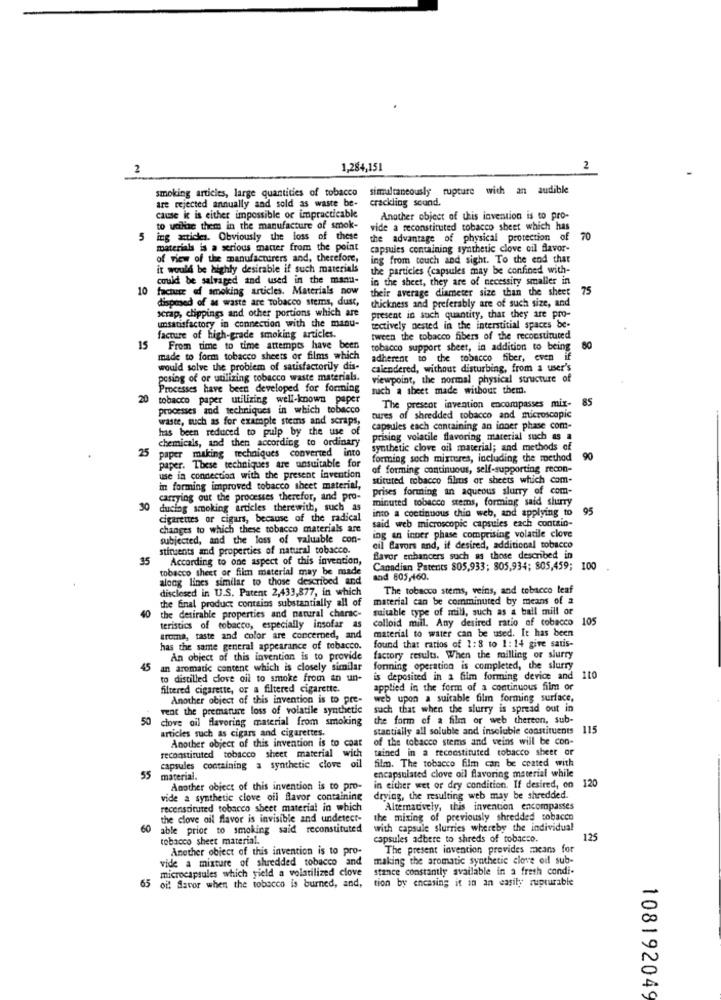
2
1,284,151
2
smoking articles, large quantities of tobacco
simultaneously rupture with an audible
crackling sound.
are rejected annually and sold as waste be-
cause ic is either impossible or impracticable
Another object of this invention is to pro-
to uolise them in the manufacture of smok-
vide a reconstituted tobacco sheet which has
5
ing articles. Obviously the loss of these
the advantage of physical protection of
70
materials is a serious matter from the point
capsules containing synthetic clove oil flavor-
of view of the manufacturers and, therefore,
ing from touch and sight. To the end that
it would be highly desirable if such materials
the particles (capsules may be confined with-
could be salvaged and used in the manu-
in the sheet, they are of necessity smaller in
10
facture edf smoking articles. Materials now
their average diameter size than the sheet
75
disposed of as waste are Tobacco stems, dust,
scrap, clippings and other portions which are
thickness and preferably are of such size, and
unsatisfactory in connection with the manu-
present in such quantity, that they are pro-
tectively nested in the interstitial spaces be-
facture of high-grade smoking articles.
tween the tobacco fibers of the reconstituted
15
From time to time attempts have been
tobacco support sheet, in addition to being
80
made to form tobacco sheets or films which
adherent to the tobacco fiber, even if
would solve the problem of satisfactorily dis-
calendered, without disturbing, from a user's
posing of or utilizing tobacco waste materials.
viewpoint, the normal physical structure of
Processes have been developed for forming
such a sheet made withour them.
20
tobacco paper utilizing well-known paper
The present invention encompasses mix- 85
processes and techniques in which tobacco
waste, such as for example stems and scraps,
tures of shredded tobacco and microscopic
has been reduced to pulp by the use of
capsules each containing an inner phase com-
chemicals, and then according to ordinary
prising volatile flavoring material such as a
25
paper making techniques converted into
synthetic clove oil material; and methods of
paper. These techniques are unsuitable for
forming soch mixtures, including the method
90
of forming continuous, self-supporting recon-
use in connection with the present invention
stituted tobacco films ar sheets which com-
in forming improved tobacco sheet material,
prises forming an aqueous slurry of com-
carrying out the processes therefor, and pro-
minuted tobacco stems, forming said slurry
30
ducing smoking articles therewith, such as
into a continuous thin web, and applying to
95
cigarettes or cigars, because of the radical
said web microscopic capsules each conttin-
changes to which these tobacco materials are
ing an inner phase comprising volatile clove
subjected, and the loss of valuable con-
stinsents and properties of natural tobacco.
cil Bavors and, if desired, additional tobacco
35
According to one aspect of this invention,
flavor enhancers such as those described in
tobacco sheet or film material may be made
Canadian Patents 805,933; 805,934; 805,459; 100
along lines similar to those described and
and 805,160.
disclosed in U.S. Patent 2,433,877, in which
The tobacco stems, veins, and tobacco leaf
the final product contains substantially all of
material can be comminuted by means of a
suitable type of mill, such as a ball mill or
40 the desirable properties and natural charac-
colloid mill. Any desired ratio of tobacco 105
teristics of tobacco, especially insofar as
material to water can be used. It has been
aroma, taste and color are concerned, and
found that ratios of 1:8 to 1: 14 give satis-
has the same general appearance of tobacco.
An object of this invention is to provide
factory results. When the milling or slurry
45
an aromatic content which is closely similar
formning operation is completed, the slurry
to distilled clove oil to smoke from an un-
is deposited in a film forming device and
110
filtered cigarette, or a filtered cigarette.
applied in the form of a continuous film or
Another object of this invention is to pre-
web upon a suitable film forming surface,
vent the premature loss of volatile synthetic
such that when the slurry is spread out in
50
clove oil flavoring material from smoking
the form of a film or web thereon, sub-
articles such as cigars and cigarettes.
stantially all soluble and insoluble constituents 115
Another object of this invention is to coat
of the tobacco stems and weins will be con-
tained in a reconstituted tobacco sheer or
reconstituted tobacco sheet material with
film. The tobacco film can be coated with
capsules containing a synthetic clove oil
encapsulated clove oil flavoring material while
55 material.
in either wet or dry condition. If desired, on 120
Another object of this invention is to pro-
vide a synthetic clove oil flavor containing
drying, the resulting web may be shredded.
reconstituted tobacco sheet material in which
Alternatively, this invention encompasses
the clove oil flavor is invisible and undetect-
the mixing of previously shredded tobacco
60
able prior to smoking said reconstituted
with capsule slurries whereby the individual
tobacco sheet material.
capsules adbere to shreds of tobacco.
125
Another obiect of this invention is to pro-
The present invention provides means for
vide a mixture of shredded tobacco and
making the aromatic synthetic clove oil sub-
microcapsules which yield a volatilized clove
stance constantly available in a fresh condi-
65 oi! flavor when the tobacco is burned, and, tion by encasing it in an easily rupturable
108192049